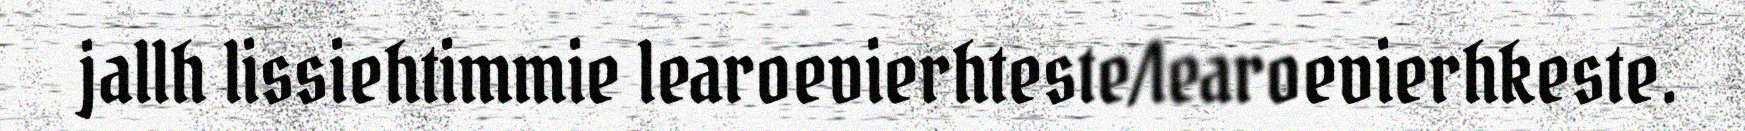
jallh lissiehtimmie learoevierhteste/learoevierhkeste.